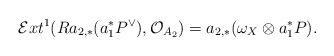
\begin{align*}\mathcal{E}xt^1(Ra_{2,*}(a_1^*P^{\vee}),\mathcal{O}_{A_2})=a_{2,*}(\omega_X\otimes a_1^*P).\end{align*}